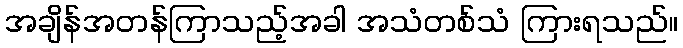
အချိန်အတန်ကြာသည့်အခါ အသံတစ်သံ ကြားရသည်။